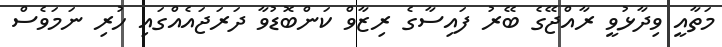
މަތާއީ ވިދާޅުވީ ރާއްޖޭގެ ބޭރު ފައިސާގެ ރިޒާވް ކަންބޮޑުވާ ދަރަޖައެއްގައި ހުރި ނަމަވެސް